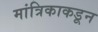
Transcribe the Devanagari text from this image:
मांत्रिकाकडून